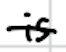
Text: is
Cross-out: single-line
Writing tool: digital_black